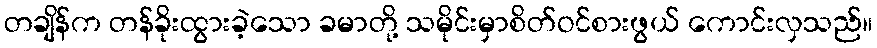
တချိန်က တန်ခိုးထွားခဲ့သော ခမာတို့ သမိုင်းမှာစိတ်ဝင်စားဖွယ် ကောင်းလှသည်။